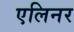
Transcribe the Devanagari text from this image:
एलिनर